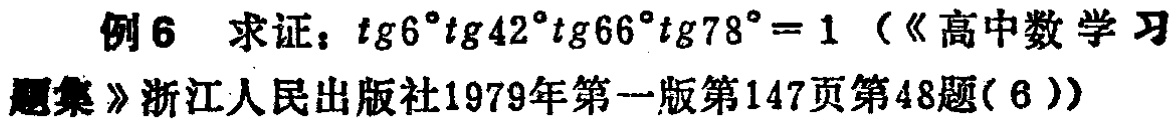
例6 求证：\(\tan6^{\circ}\tan42^{\circ}\tan66^{\circ}\tan78^{\circ}=1\)（《高中数学习题集》浙江人民出版社1979年第一版第147页第48题(6)）